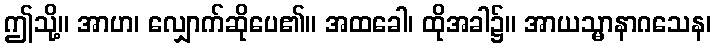
ဤသို့။ အာဟ၊ လျှောက်ဆိုပေ၏။ အထခေါ၊ ထိုအခါ၌။ အာယသ္မာနာဂသေန၊